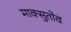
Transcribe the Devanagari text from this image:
माक्सुतोव